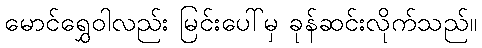
မောင်ရွှေဝါလည်း မြင်းပေါ်မှ ခုန်ဆင်းလိုက်သည်။